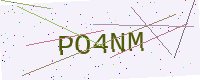
Text: PO4NM